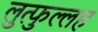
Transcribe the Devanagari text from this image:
लुत्फुल्लह